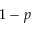
1 - p